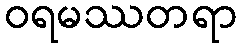
ဝရမဿတရာ